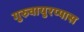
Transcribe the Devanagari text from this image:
गुरुवायुरप्पास